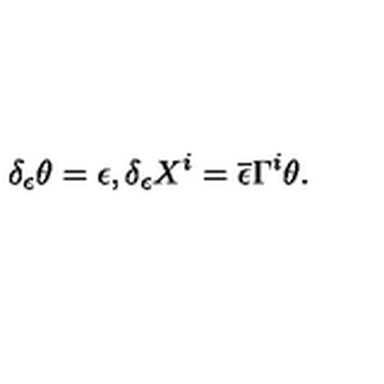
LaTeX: \delta _ { \epsilon } \theta = \epsilon , \delta _ { \epsilon } X ^ { i } = \overline { { \epsilon } } \Gamma ^ { i } \theta .